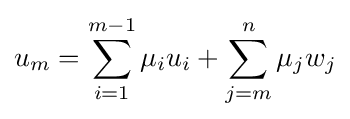
u_{m}=\sum _{i=1}^{m-1}\mu _{i}u_{i}+\sum _{j=m}^{n}\mu _{j}w_{j}